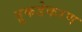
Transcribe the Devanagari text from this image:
तुकडेकरण